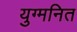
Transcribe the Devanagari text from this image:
युग्‍मनित